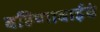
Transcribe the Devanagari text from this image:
बहिणाबाईचं